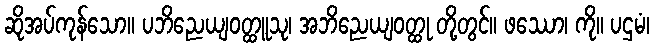
ဆိုအပ်ကုန်သော။ ပဘိညေယျဝတ္ထူသု၊ အဘိညေယျဝတ္ထု တို့တွင်။ ဖဿော၊ ကို။ ပဌမံ၊